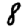
Digit: 8